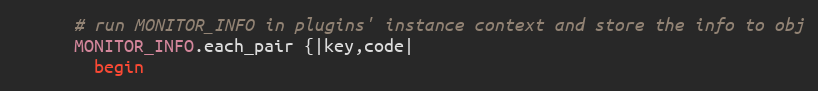
Language: Ruby
      # run MONITOR_INFO in plugins' instance context and store the info to obj
      MONITOR_INFO.each_pair {|key,code|
        begin